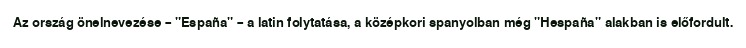
Az ország önelnevezése – "España" – a latin folytatása, a középkori spanyolban még "Hespaña" alakban is előfordult.